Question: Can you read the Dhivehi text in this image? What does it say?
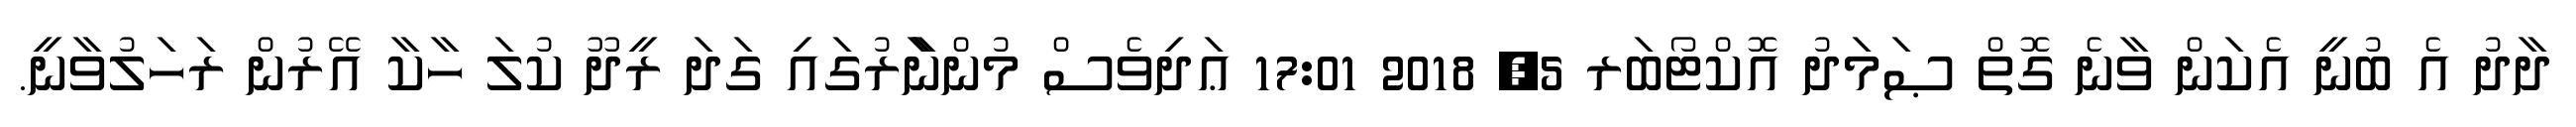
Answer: ދާދު އެ ބުނީ އެކަން ވާނެ ގޮތް ޞަމަދު އޮކްޓޯބަރ 5, 2018 17:01 ޢަދިވެސް މުންނަަާރުގައި ގަދަ ރީދޫ ކުލަ ހާކާ އޭރުން ރަހަލުވާނީ.